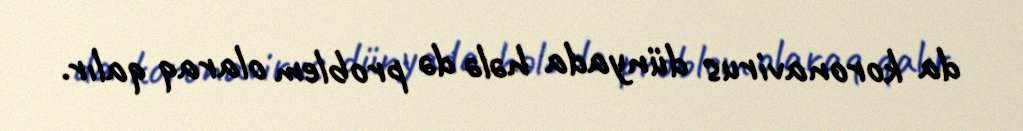
da koronavirus dünyada hələ də problem olaraq qalır.